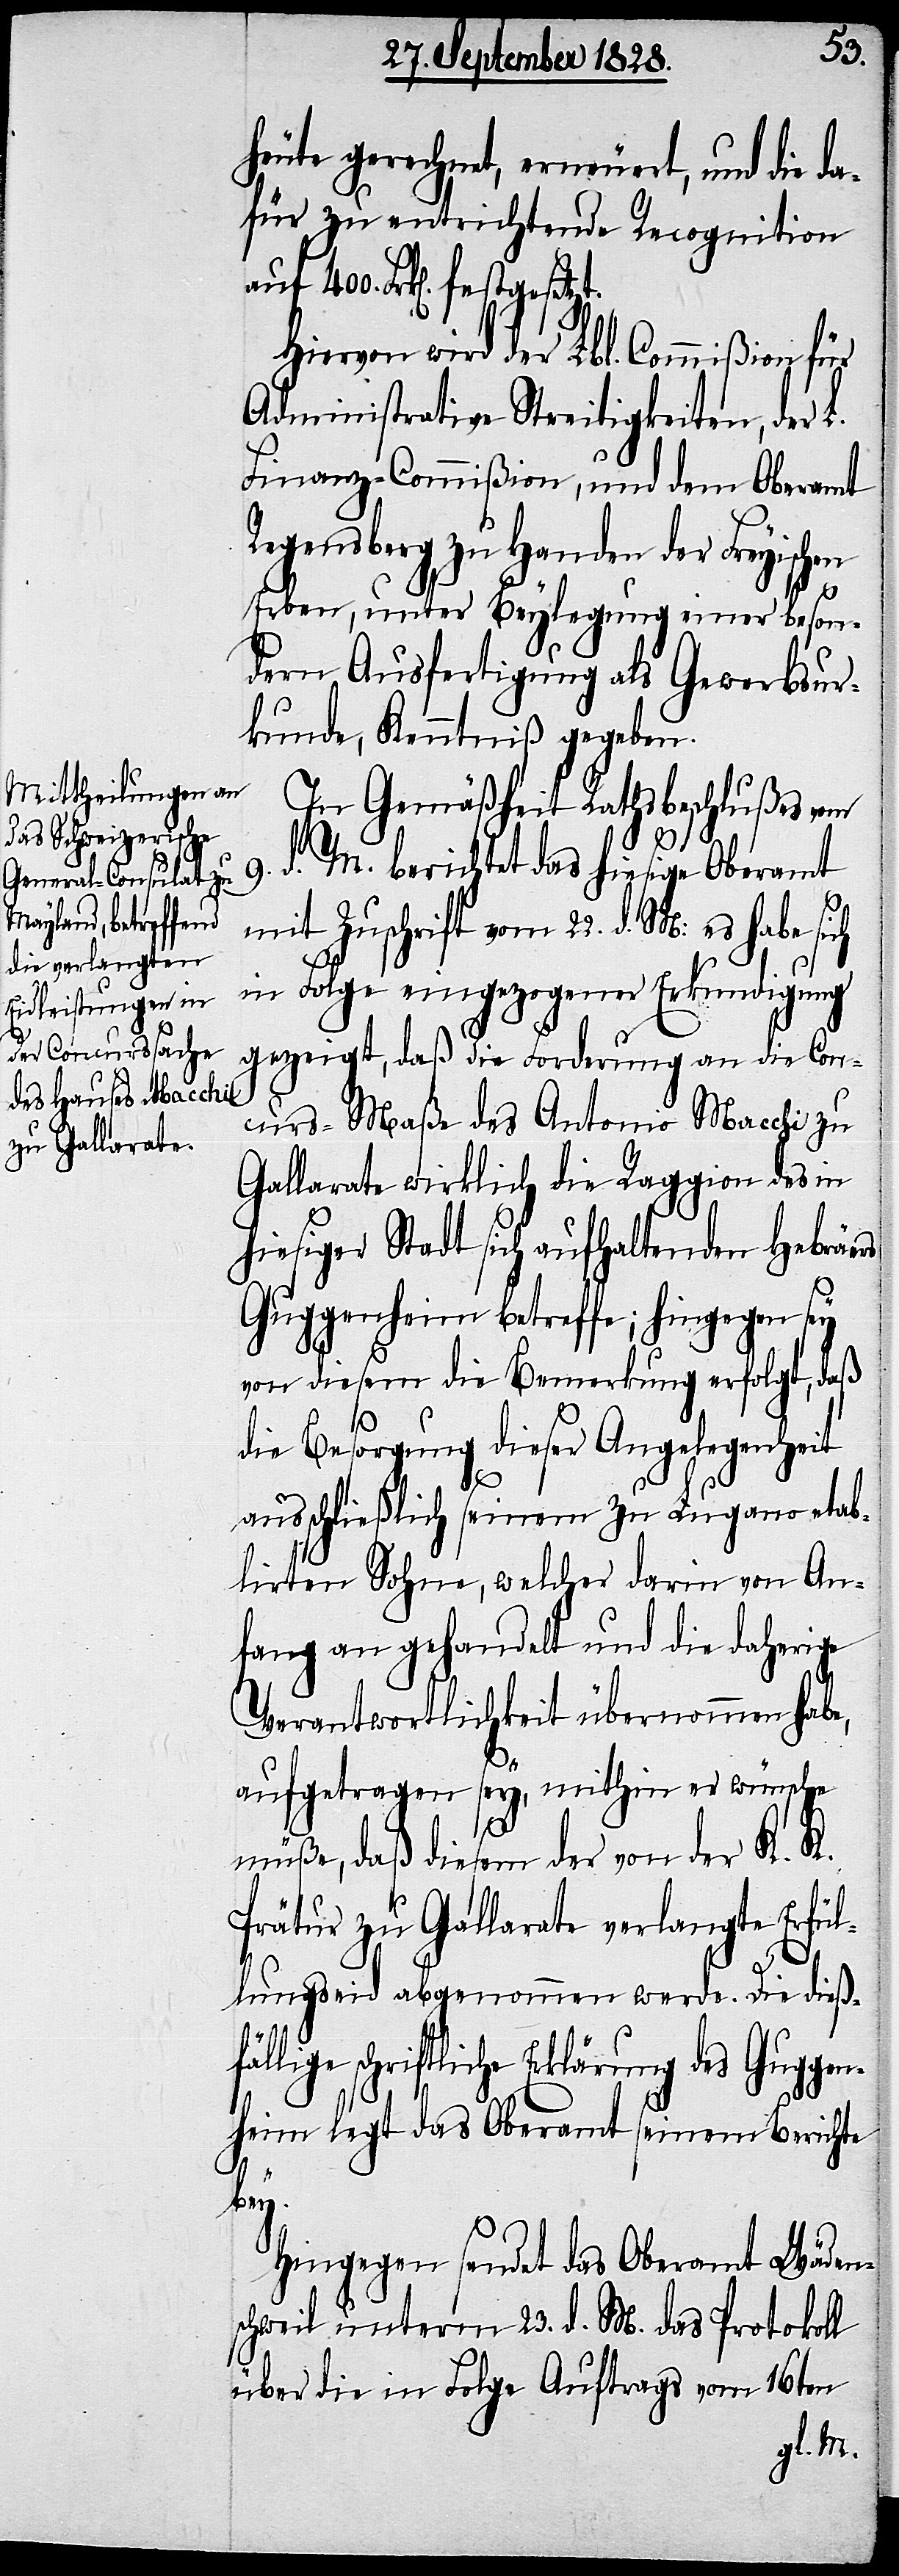
heute gerechnet, erneuert, und die d¬
afür zu entrichtende Recognition
Frk[en]. festgesetzt.
Hiervon wird der Lbl. Commißion für
Administrative Streitigkeiten, der L.
Finanz-Commißion, und dem Oberamt
Regensberg zu Handen der Freyischen
Erbe, unter Beylegung einer beson¬
dern Ausfertigung als Gewerbsur¬
kunde, Kenntniß gegeben.
In Gemäßheit Rathsbeschlußes vom
9. d. M. berichtet das hiesige Oberamt
mit Zuschrift vom 22. d. M: es habe sich
in Folge eingezogener Erkundigung
gezeigt, daß die Forderung an die Con¬
curs-Maße des Antonio Macchi zu
Gallarate wirklich die Raggion des in
hiesiger Stadt sich aufhaltenden Hebräers
Guggenheim betreffe; hingegen sey
von diesem die Bemerkung erfolgt, daß
die Besorgung dieser Angelegenheit
ausschließlich seinem zu Lugano etab¬
lirten Sohne, welcher darin von An¬
fang an gehandelt und die daherige
Verantwortlichkeit übernommen habe,
aufgetragen sey, mithin er wünsch¬
müße, daß diesem der von der K. K.
Prätur zu Gallarate verlangte Erfül¬
lungseid abgenommen werde. Die dießfä¬
llige schriftliche Erklärung des Guggen¬
heim legt das Oberamt seinem Berichte
bey.
Hingegen sendet das Oberamt Wäden¬
schweil unterm 23. d. M. das Protokoll
über die in Folge Auftrags vom 16ten